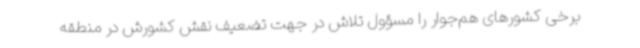
برخی کشورهای هم‌جوار را مسؤول تلاش در جهت تضعیف نقش کشورش در منطقه